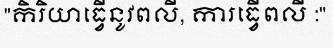
"កិរិយាធ្វើនូវពលី, ការធ្វើពលី :"